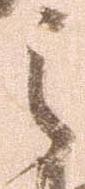
之